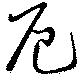
厄